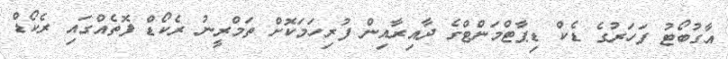
އާގުބޯޓު ފަހަރުގެ ޑެކް ޑިޕާޓްމަންޓްގެ ދާއިރާއިން ފުރިހަމަކޮށް ތަމްރީނު ރެކޯޑް ފޮތެއްގައި ރެކޯޑް